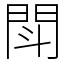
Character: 閗